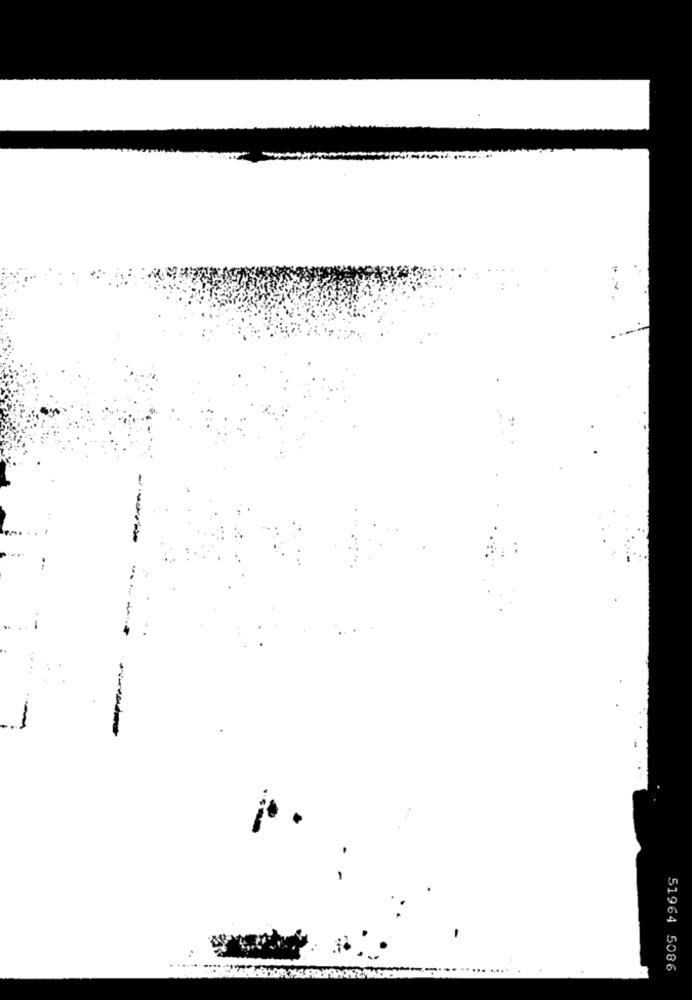
--
٣٠٠
51964 5086